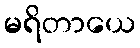
မရိတာယေ